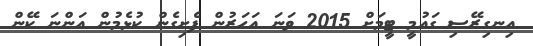
އިނގިރޭސި ގައުމީ ޓީމަށް 2015 ވަނަ އަހަރުން ފެށިގެން ކުޅެމުން އަންނަ ކޭން